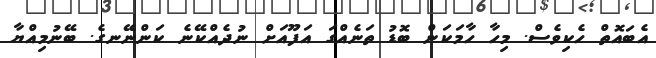
އެބައޮތް ހެކިވެސް. މިހާ ހާމަކަން ބޮޑު ތަނެއްގަ އަފޫއަށް ނުދެއްކޭނެ ކަންނޭނގެ. ބޭނުމިއްޔާ